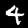
Label: 4